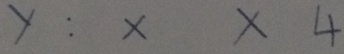
y : x x 4